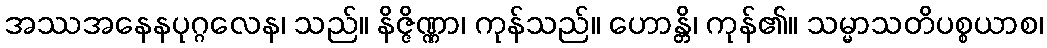
အဿအနေနပုဂ္ဂလေန၊ သည်။ နိဇ္ဇိဏ္ဏာ၊ ကုန်သည်။ ဟောန္တိ၊ ကုန်၏။ သမ္မာသတိပစ္စယာစ၊